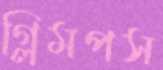
গ্লিমপস